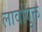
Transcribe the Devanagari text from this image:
लार्वायुक्त